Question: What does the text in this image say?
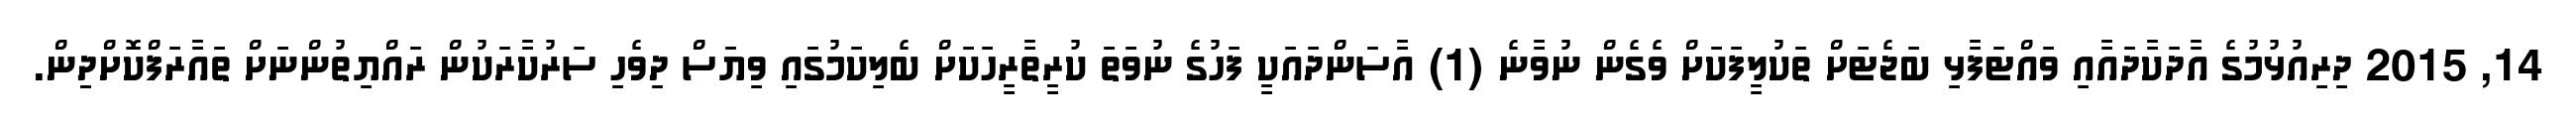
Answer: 14, 2015 ދިރިއުޅުމުގެ އާދަކާދައާއި ވައްޓަފާޅި ބަޖެޓަށް ތަކުލީފަކަށް ވެގެން ނުވާނެ (1) އާސަންދައަކީ ފަހުގެ ނުވަތަ ކުރީތާރީހަކަށް ބެލިކަމުގައި ވިޔަސް ދިވެހި ސަރުކާރަކުން ރައްޔިތުންނަށް ތައާރަފްކޮށްދިިން.